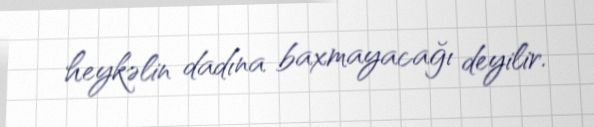
heykəlin dadına baxmayacağı deyilir.